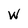
Character: W